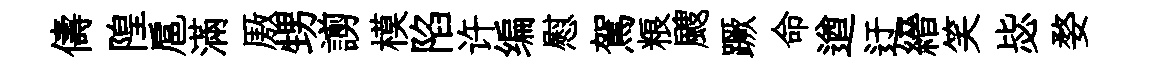
儔隍扈滿厫甥謭模陷许编慰駕粮颼蹶命遒迂縉笑毖婺